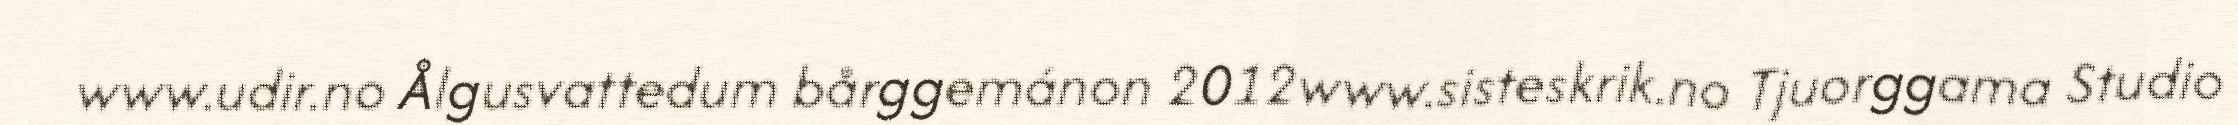
www.udir.no Ålgusvattedum bårggemánon 2012www.sisteskrik.no Tjuorggama Studio